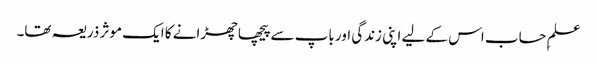
علمِ حساب اس کے لیے اپنی زندگی اور باپ سے پیچھا چھڑانے کا ایک موثر ذریعہ تھا۔